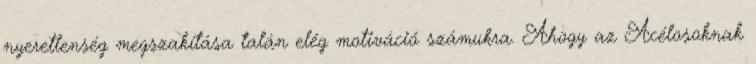
nyeretlenség megszakítása talán elég motiváció számukra. Ahogy az Acélosoknak